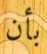
بأن